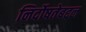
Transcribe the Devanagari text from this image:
निर्दोषतेबद्दल